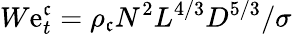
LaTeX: W\mathrm{e}_{t}^{\mathfrak{c}}=\rho_{\mathfrak{c}}N^{2}L^{4/3}D^{5/3}/\sigma